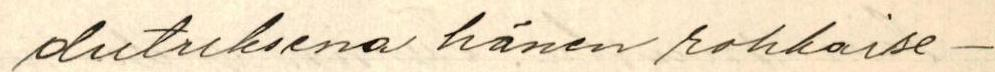
dutuksena hänen rohkaise-